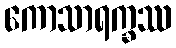
ကောသာရက္ခဿ